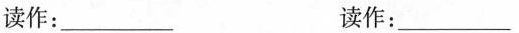
读作：___读作：___